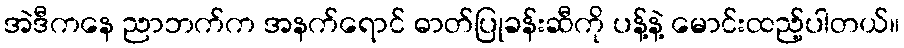
အဲဒီကနေ ညာဘက်က အနက်ရောင် ဓာတ်ပြုခန်းဆီကို ပန့်နဲ့ မောင်းထည့်ပါတယ်။